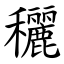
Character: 穲